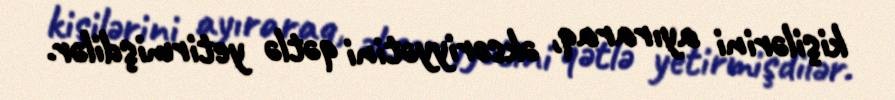
kişilərini ayıraraq, əksəriyyətini qətlə yetirmişdilər.